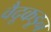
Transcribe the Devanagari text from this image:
वैदूकडून